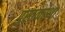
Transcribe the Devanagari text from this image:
पुस्तकस्था